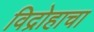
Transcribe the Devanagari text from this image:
विद्रोहाचा